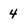
Character: 4